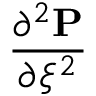
\frac { \partial ^ { 2 } \mathbf { P } } { \partial \xi ^ { 2 } }